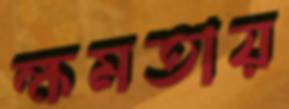
ক্ষমতায়